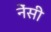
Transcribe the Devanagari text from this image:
नेंसी